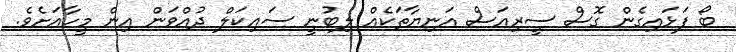
ބޯ ފަޅައިގެން ގޮސް ސީރިއަސް އަނިޔާތަކެއް ލިބުނީ ސައިކަލް ދުއްވަން އިން މީހާއަށެވެ.